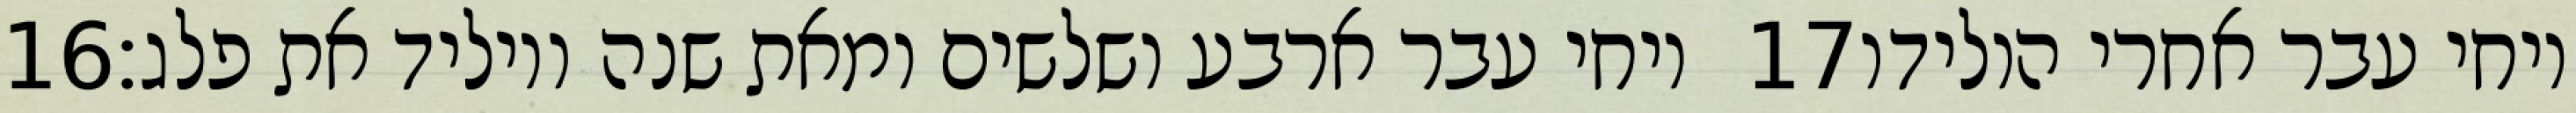
‎16‏ ויחי עבר ארבע ושלשים ומאת שנה ויוליד את פלג׃ ‎17‏ ויחי עבר אחרי הולידו